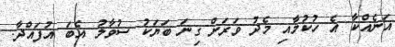
އަނެއްކާ އެ ހުކުމާއި މެދު ވަރަށް ގިނަ ބަޔަކު ސުވާލު އެބަ އުފައްދާ.